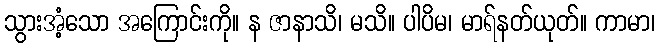
သွားအံ့သော အကြောင်းကို။ န ဇာနာသိ၊ မသိ။ ပါပိမ၊ မာရ်နတ်ယုတ်။ ကာမာ၊